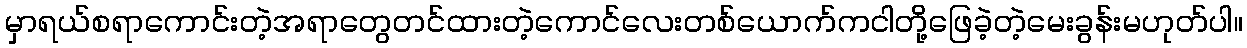
မှာရယ်စရာကောင်းတဲ့အရာတွေတင်ထားတဲ့ကောင်လေးတစ်ယောက်ကငါတို့ဖြေခဲ့တဲ့မေးခွန်းမဟုတ်ပါ။